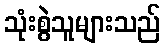
သုံးစွဲသူများသည်